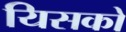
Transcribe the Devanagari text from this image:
यिसको